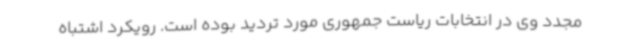
مجدد وی در انتخابات ریاست جمهوری مورد تردید بوده است. رویکرد اشتباه